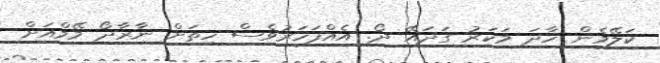
ކަލޭމެން ހާދަ މަކަރު ގަދައޭ ދޯ. އެއްފަހަރުވެސް ހިތަށް ނާރާދޯ މޭމްއަށް